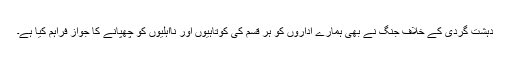
دہشت گردی کے خلاف جنگ نے بھی ہمارے اداروں کو ہر قسم کی کوتاہیوں اور نااہلیوں کو چھپانے کا جواز فراہم کیا ہے۔